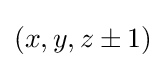
\textstyle (x,y,z\pm 1)